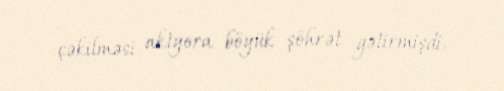
çəkilməsi aktyora böyük şöhrət gətirmişdi.